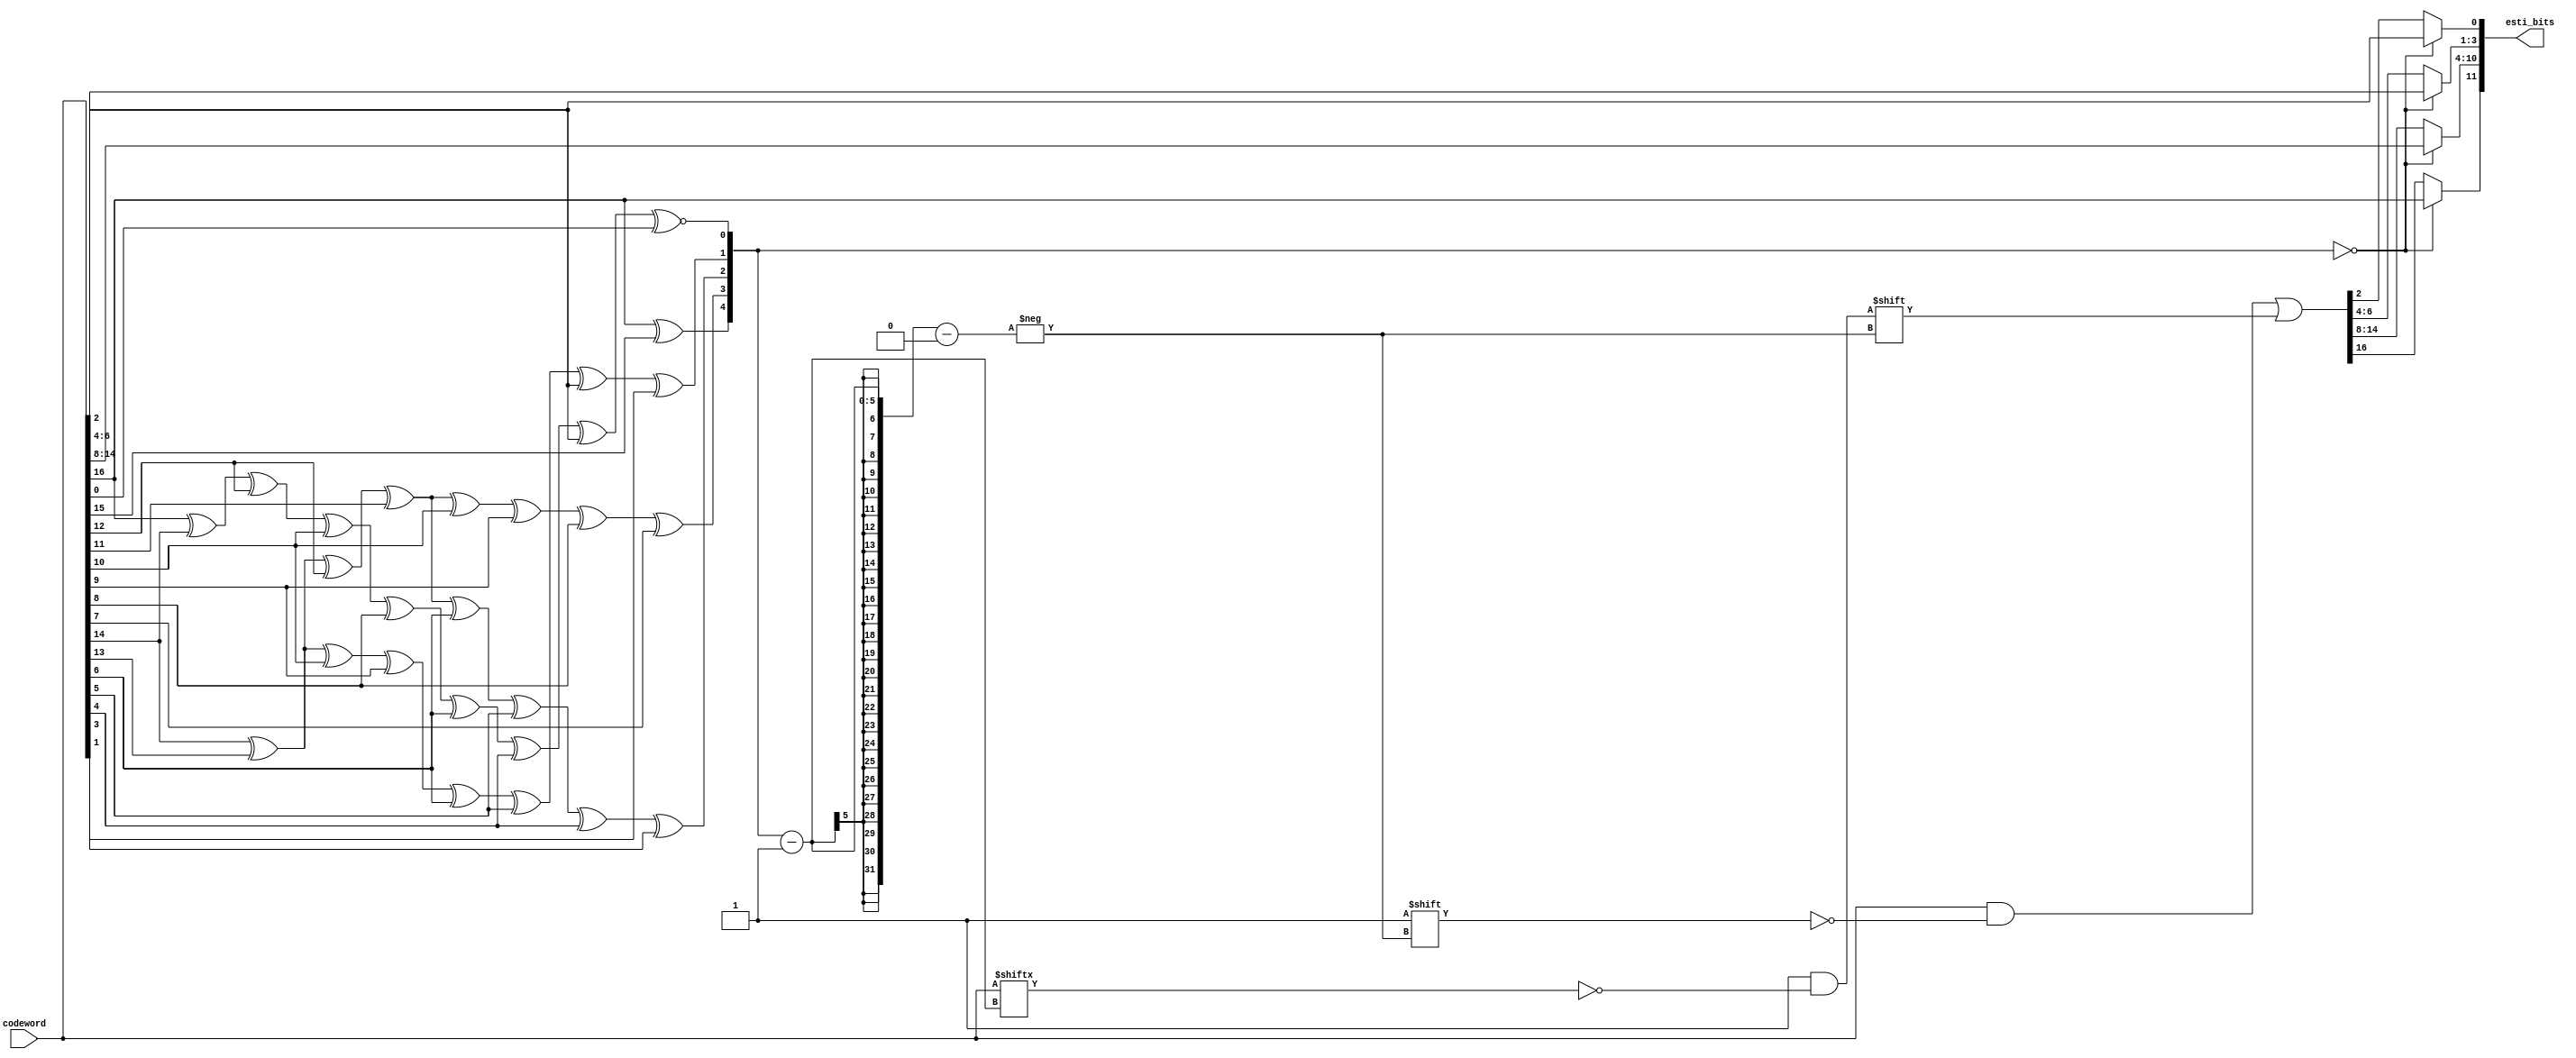
`timescale 1ns/100ps
module ham_dec(codeword, esti_bits);
input [16:0]codeword;
output [11:0]esti_bits;
reg [11:0]esti_bits_1;
reg [4:0] syndrome; 
reg [16:0] temporarycode;
parameter [4:0] No_error = 5'b00000;

always @ (codeword) begin
    syndrome[4] = codeword[16]^codeword[15];
    syndrome[3] = codeword[14]^codeword[13]^codeword[12]^codeword[11]^codeword[10]^codeword[9]^codeword[8]^codeword[7];
    syndrome[2] = codeword[14]^codeword[13]^codeword[12]^codeword[11]^codeword[6]^codeword[5]^codeword[4]^codeword[3];
    syndrome[1] = codeword[14]^codeword[13]^codeword[10]^codeword[9]^codeword[6]^codeword[5]^codeword[2]^codeword[1];
    syndrome[0] = codeword[16]^codeword[14]^codeword[12]^codeword[10]^codeword[8]^codeword[6]^codeword[4]^codeword[2]^~codeword[0]; //codeword[0] error 
    temporarycode = codeword; // codeword 
    
    case (syndrome) 
        No_error : begin //syndrome = 0  error    
            esti_bits_1[11] = temporarycode[16];
            esti_bits_1[10:4] = temporarycode[14:8]; 
            esti_bits_1[3:1] = temporarycode[6:4];
            esti_bits_1[0] = temporarycode[2];
         end 
        default : begin
            temporarycode[syndrome-'b1] = ~temporarycode[syndrome-'b1];  //Error correcting
            esti_bits_1[11] = temporarycode[16];
            esti_bits_1[10:4] = temporarycode[14:8]; 
            esti_bits_1[3:1] = temporarycode[6:4];
            esti_bits_1[0] = temporarycode[2];
        end
    endcase
end
assign esti_bits = esti_bits_1;
endmodule